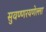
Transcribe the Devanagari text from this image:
सुवण्णरयणेल्ला